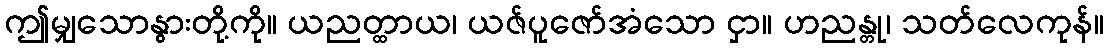
ဤမျှသောနွားတို့ကို။ ယညတ္ထာယ၊ ယဇ်ပူဇော်အံသော ငှာ။ ဟညန္တု၊ သတ်လေကုန်။